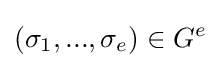
(\sigma _{1},...,\sigma _{e})\in G^{e}